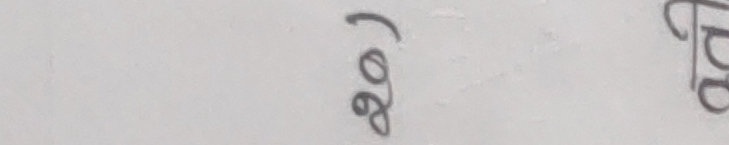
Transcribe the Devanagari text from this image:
२०२३ ट्र००